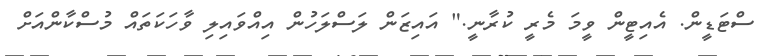
ސްޓަޑީން. އެއިޓީން ވީމަ މެރީ ކުރާނީ." އައިޒަން ލަސްލަހުން އިއްވައިލި ވާހަކަތައް މުސްކާންއަށް